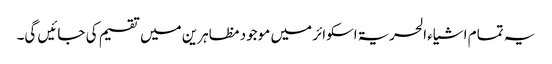
یہ تمام اشیاء الحریۃ اسکوائر میں موجود مظاہرین میں تقسیم کی جائیں گی۔